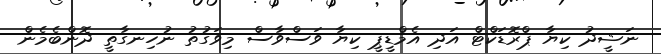
ނަޝީދު ކިޔާ ޕްރޮޑަކްޓް އަދި އެމްޑީޕީ ކިޔާ ވަސްވާސް މިވަގުތު ނުހިނގާތީ ދޮންބެމެން